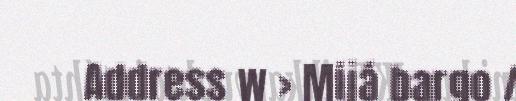
Address w > Mijá bargo /